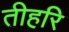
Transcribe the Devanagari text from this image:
तीहरि